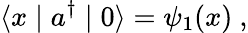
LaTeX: \langle x\mid a^{\dagger}\mid 0\rangle=\psi_{1}(x)~,